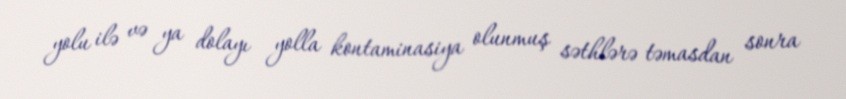
yolu ilə və ya dolayı yolla kontaminasiya olunmuş səthlərə təmasdan sonra